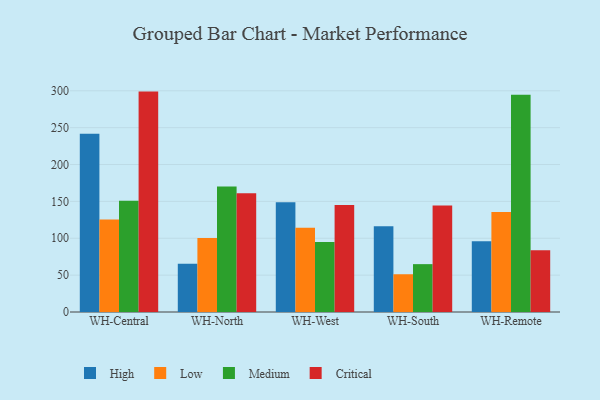
{"axis": {"x": "Warehouse", "y": "Humidity (%)"}, "legend": ["Critical", "High", "Low", "Medium"], "data": [{"x": "WH-Central", "y": 241.8, "type": "High"}, {"x": "WH-Central", "y": 125.5, "type": "Low"}, {"x": "WH-Central", "y": 150.8, "type": "Medium"}, {"x": "WH-Central", "y": 298.9, "type": "Critical"}, {"x": "WH-North", "y": 65.5, "type": "High"}, {"x": "WH-North", "y": 100.4, "type": "Low"}, {"x": "WH-North", "y": 170.1, "type": "Medium"}, {"x": "WH-North", "y": 161.1, "type": "Critical"}, {"x": "WH-West", "y": 148.8, "type": "High"}, {"x": "WH-West", "y": 114.2, "type": "Low"}, {"x": "WH-West", "y": 95.1, "type": "Medium"}, {"x": "WH-West", "y": 145.1, "type": "Critical"}, {"x": "WH-South", "y": 116.3, "type": "High"}, {"x": "WH-South", "y": 51.2, "type": "Low"}, {"x": "WH-South", "y": 64.9, "type": "Medium"}, {"x": "WH-South", "y": 144.4, "type": "Critical"}, {"x": "WH-Remote", "y": 96.0, "type": "High"}, {"x": "WH-Remote", "y": 135.5, "type": "Low"}, {"x": "WH-Remote", "y": 294.5, "type": "Medium"}, {"x": "WH-Remote", "y": 83.6, "type": "Critical"}]}